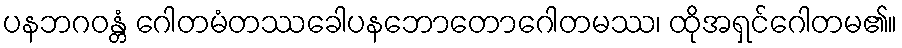
ပနဘဂဝန္တံ ဂေါတမံတဿခေါပနဘောတောဂေါတမဿ၊ ထိုအရှင်ဂေါတမ၏။